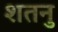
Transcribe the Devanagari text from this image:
शतनु